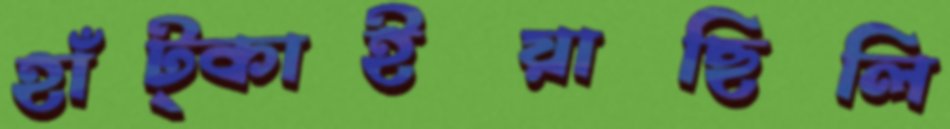
হাঁট্‌কাইয়াছিলি